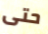
حتى